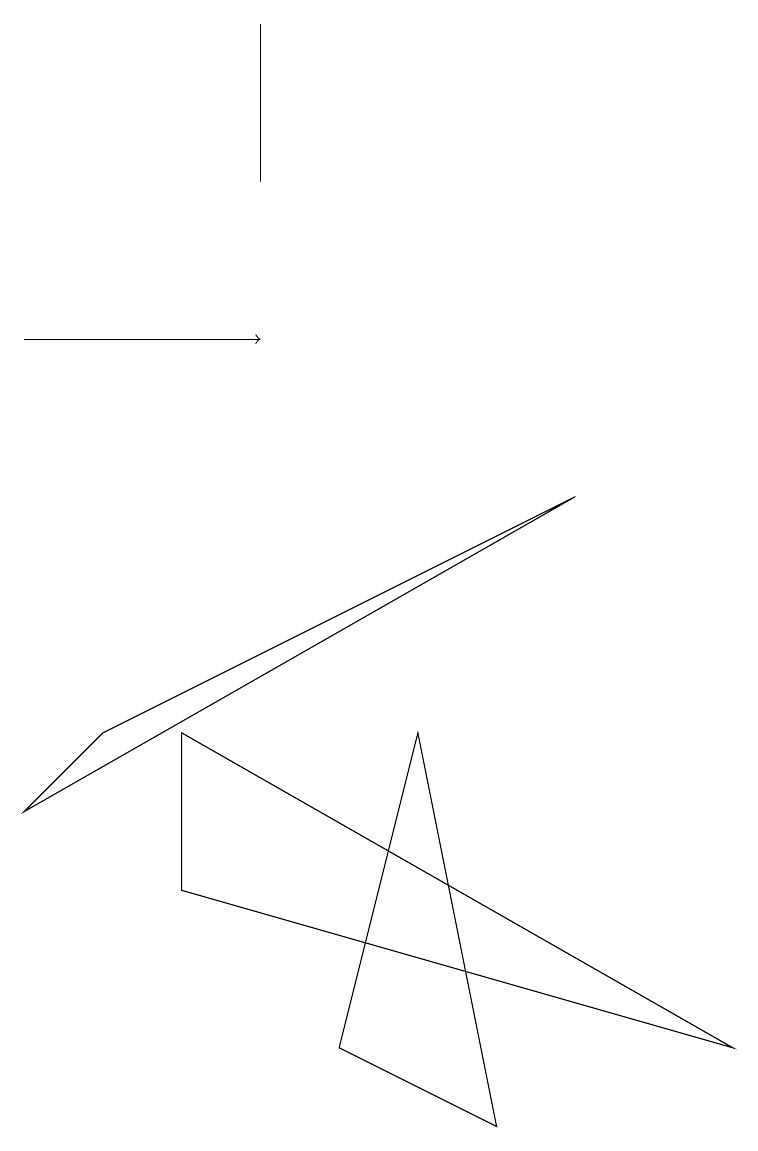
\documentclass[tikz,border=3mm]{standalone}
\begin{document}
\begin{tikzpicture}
\draw (7,8) -- (1,5) -- (0,4) -- cycle;
\draw (3,12) rectangle (3,14);
\draw[->] (0,10) -- (3,10);
\draw (6,0) -- (4,1) -- (5,5) -- cycle;
\draw (2,5) -- (9,1) -- (2,3) -- cycle;
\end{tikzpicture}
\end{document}